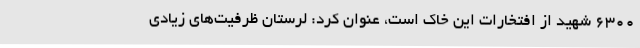
6300 شهید از افتخارات این خاک است، عنوان کرد: لرستان ظرفیت‌های زیادی